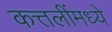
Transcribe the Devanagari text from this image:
कत्तलींमध्ये